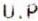
U.P